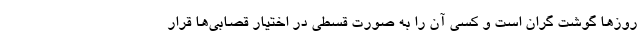
روزها گوشت گران است و کسی آن را به صورت قسطی در اختیار قصابی‌ها قرار